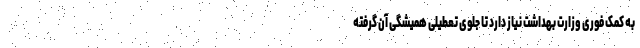
به کمک فوری وزارت بهداشت نیاز دارد تا جلوی تعطیلی همیشگی آن گرفته